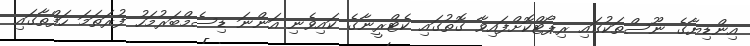
އިންޑިޔާގެ ނޫސްތަކުގައި ރިޕޯޓްކޮށްފައިވާ ގޮތުގައި ކެޓްރީނާގެ ކައިވެނި އަންނަ ޑިސެމްބަރުމަހު ފުރަތަމަ ހަފްތާގައި